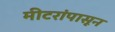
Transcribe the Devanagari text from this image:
मीटरांपासून